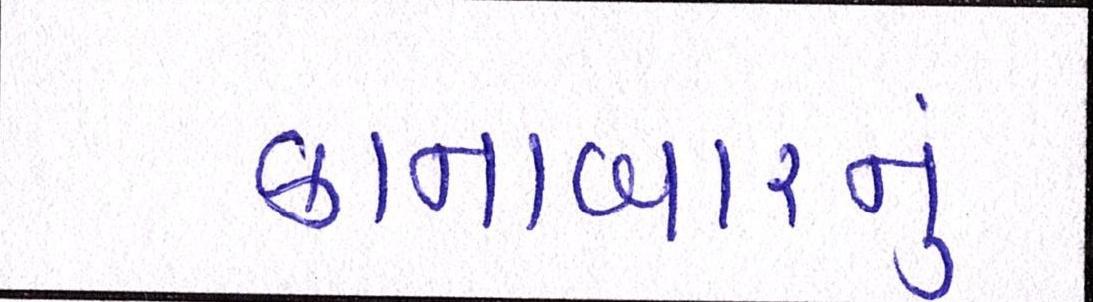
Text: કાનાબારનું